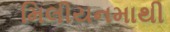
મિલીયનમાથી